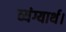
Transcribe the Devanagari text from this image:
व्यंग्यार्थ।